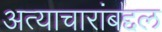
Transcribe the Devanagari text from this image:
अत्याचारांबद्दल